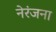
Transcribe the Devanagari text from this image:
नेरंजना